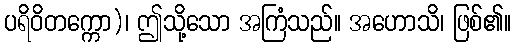
ပရိဝိတက္ကော)၊ ဤသို့သော အကြံသည်။ အဟောသိ၊ ဖြစ်၏။